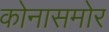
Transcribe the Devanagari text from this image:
कोनासमोर